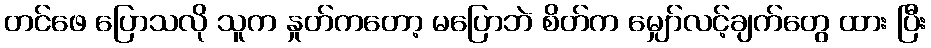
တင်ဖေ ပြောသလို သူက နှုတ်ကတော့ မပြောဘဲ စိတ်က မျှော်လင့်ချက်တွေ ထား ပြီး